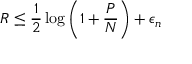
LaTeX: R \leq { \frac { 1 } { 2 } } \log \left( 1 + { \frac { P } { N } } \right) + \epsilon _ { n }